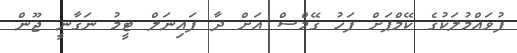
ފުވައްމުލަކުގެ ކޭމްޕަށް ފަހު ގޭމްސް އަށް ދާ ފައިނަލް ޓީމު ނަގާނީ ޖޫން